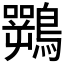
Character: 𱈽